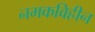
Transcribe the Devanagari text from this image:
नमकविहीन